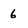
Character: 6